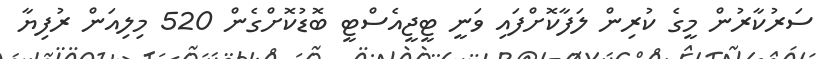
ސަރުކާރުން މީގެ ކުރިން ލަފާކޮށްފައި ވަނީ ޓީޖީއެސްޓީ ބޮޑުކޮށްގެން 520 މިލިއަން ރުފިޔާ